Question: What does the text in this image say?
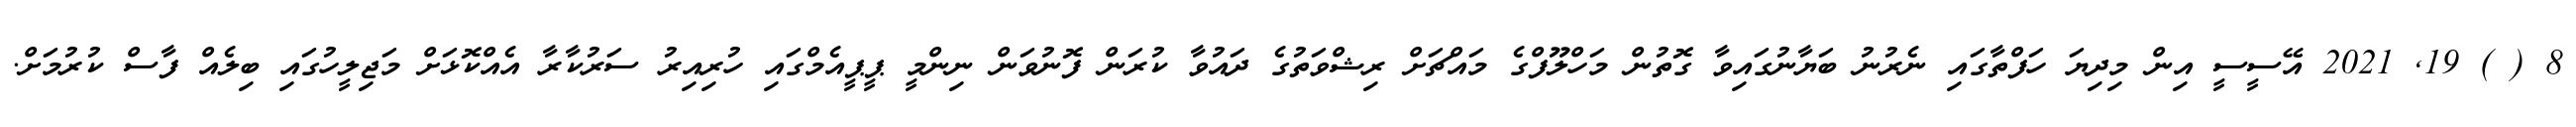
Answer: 8 ( ) 19, 2021 އޭސީސީ އިން މިދިޔަ ހަފްތާގައި ނެރުނު ބަޔާނުގައިވާ ގޮތުން މަހްލޫފްގެ މައްޗަށް ރިޝްވަތުގެ ދައުވާ ކުރަން ފޮނުވަން ނިންމީ ޕީޕީއެމްގައި ހުރިއިރު ސަރުކާރާ އެއްކޮޅަށް މަޖިލީހުގައި ބިލެއް ފާސް ކުރުމަށް.